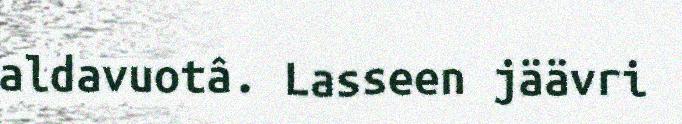
aldavuotâ. Lasseen jäävri